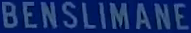
BENSlimane